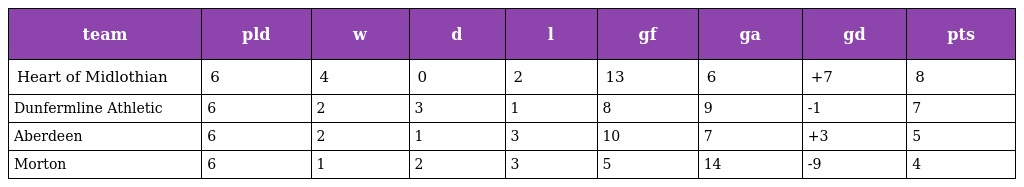
| team | pld | w | d | l | gf | ga | gd | pts |
 | --- | --- | --- | --- | --- | --- | --- | --- | --- |
 | Heart of Midlothian | 6 | 4 | 0 | 2 | 13 | 6 | +7 | 8 |
 | Dunfermline Athletic | 6 | 2 | 3 | 1 | 8 | 9 | -1 | 7 |
 | Aberdeen | 6 | 2 | 1 | 3 | 10 | 7 | +3 | 5 |
 | Morton | 6 | 1 | 2 | 3 | 5 | 14 | -9 | 4 |